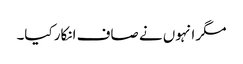
مگر انہوں نے صاف انکار کیا۔